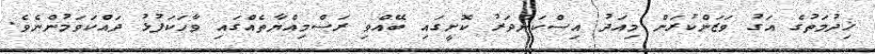
ޚިދުމަތުގެ އަގު ވަޒަންކުރަން މިއަދު އިސްކަންދަރު ކޮށީގައި ބޭއްވި ރަސްމިއްޔާތެއްގައި ވާހަކަފުޅު ދައްކަވަމުންނެވެ.